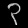
Digit: ၃